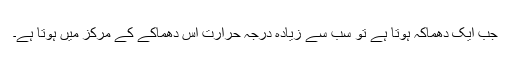
جب ایک دھماکہ ہوتا ہے تو سب سے زیادہ درجہ حرارت اس دھماکے کے مرکز میں ہوتا ہے۔